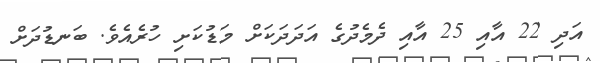
އަދި 22 އާއި 25 އާއި ދެމެދުގެ އަދަަދަކަށް މަޑުކަށި ހުރެއެވެ. ބަނޑުދަށް